Lunatic asylums Punjab 1895-1910 - 1895-1910
Year: 1895
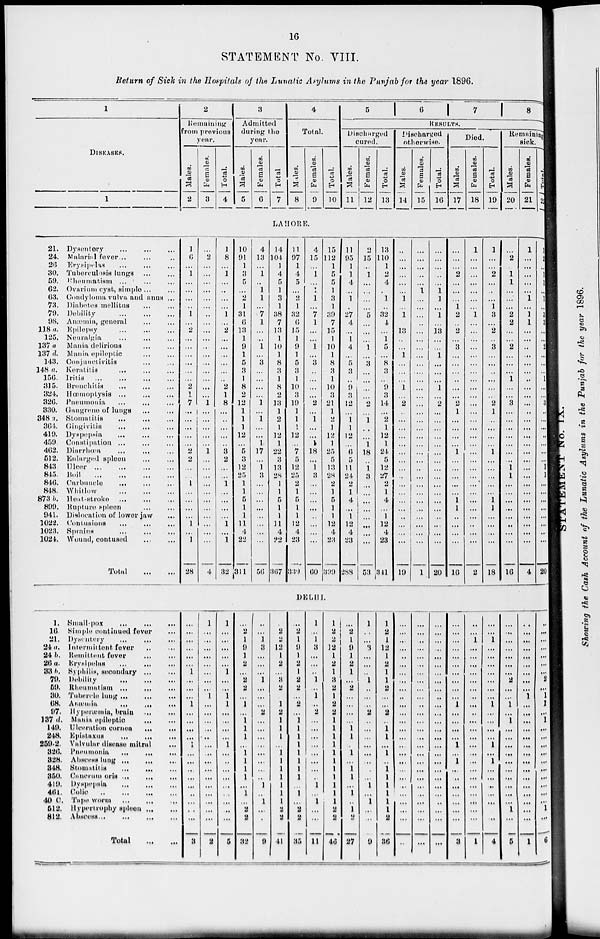
16
STATEMENT No. VIII.
Return of Sick in the Hospitals of the Lunatic Asylums in the Punjab for the year 1896.
1
DlSEASES.
1
21.
24.
26
30.
59.
62.
63.
73.
79.
98.
118 a.
125.
137 a
137 d.
143.
148 a.
156.
315.
324.
326.
330.
348 a.
364.
419.
459.
462.
512.
843.
845.
846.
848.
873 b.
899.
941.
1022.
1023.
1024.
Dysentery
...
...
...
Malarial fever ... ... ...
Erysipelas
...
...
...
Tuberculosis lungs ... ... ...
Rheumatism ... ... ...
Ovarium cyst, simple ... ... ...
Condyloma vulva and anus ...
Diabetes mellitus ... ...
Debility
...
...
...
Anœmia, general ... ... ...
Epilepsy
...
...
...
Neuralgia ... ... ...
Mania delirious ... ... ...
Mania epileptic ... ... ...
Conjunctivitis ... ... ...
Keratitis ... ... ...
Iritis
...
...
...
...
Bronchitis
...
...
...
Hœmoptysis
...
...
...
Pneumonia ... ... ...
Gangrene of lungs ... ... ...
Stomatitis ... ... ...
Gingivitis
...
...
...
Dyspepsia
...
...
...
Constipation
...
...
...
Diarrhœa
...
...
...
Enlarged spleen ... ... ...
Ulcer
...
...
...
Boil
...
...
...
Carbuncle ... ... ...
Whitlow
...
...
...
Heat-stroke
...
...
...
Rupture spleen ... ... ...
Dislocation of lower jaw ... ... ...
Contusions
...
...
...
Sprains
...
...
...
Wound, contused
...
...
Total
...
...
1.
16.
21.
24 a.
24 b.
26 a.
33 b.
79.
59.
30.
68.
97.
137 d.
149.
248.
259.2.
326.
328.
348.
350.
419.
461.
40 C.
512.
812.
Small-pox
...
...
...
Simple continued fever ...
Dysentery
...
...
...
Intermittent fever ... ... ...
Remittent fever ... ... ...
Erysipelas ... ... ...
Syphilis, secondary ... ... ...
Debility
...
...
...
Rheumatism
...
...
...
Tubercle lung
...
...
...
Anœmia
...
...
...
Hyperœmia, brain ... ... ...
Mania epileptic ... ... ...
Ulceration cornea ... ... ...
Epistaxus
...
...
...
Valvular disease mitral
...
Pneumonia
...
...
...
Abscess lung
...
...
...
Stomatitis
...
...
...
Canorum oris ... ... ...
Dyspepsia
...
...
...
Colic
...
...
...
Tape worm
...
...
...
Hypertrophy spleen ... ... ...
Abscess
...
...
...
...
Total ... ...
2
Remaining
from previous
year.
Males.
2
Females.
3
Total.
4
3
Admitted
during the
year.
Males.
5
Females.
6
Total
7
4
Total.
Males.
8
Females.
9
Total.
10
5
6
7
8
RESULTS.
Discharged
cured.
Males.
11
Females.
12
Total.
13
Discharged
otherwise.
Males.
14
Females.
15
Total.
16
Died.
Males.
17
Females.
18
Total.
19
Remaining
sick.
Males.
20
Females.
21
Total.
22
LAHORE.
1
6
...
1
...
...
...
...
1
...
2
...
...
...
...
...
...
2
1
7
...
...
...
...
...
2
2
...
...
1
...
...
...
...
1
...
1
28
...
2
...
...
...
...
...
...
...
...
...
...
...
...
...
...
...
...
...
1
...
...
...
...
...
1
...
...
...
...
...
...
...
...
...
...
...
4
1
8
...
1
...
...
...
...
1
...
2
...
...
...
...
...
...
2
1
8
... ...
...
...
...
3
2
...
...
1
...
...
...
...
1
...
1
32
10
91
1
3
5
...
2
1
31
6
13
1
9
1
5
3
1
8
2
12
1
1
1
12
...
5
3
12
25
1
1
5
1
1
11
4
22
311
4
13
...
1
...
1
1
...
7
1
...
...
1
...
3
...
...
...
...
1
...
1
...
...
1
17
...
1
3
...
...
...
...
...
...
...
...
56
14
104
1
4
5
1
3
1
38
7
13
1
10
1
8
3
1
8
2
13
1
2
1
12
1
22
3
13
28
1
1
5
1
1
11
4
22
367
11
97
1
4
5
...
2
1
32
6
15
1
9
1
5
3
1
10
3
19
1
1
1
12
...
7
5
12
25
2
1
5
1
1
12
4
23
339
4
15
...
1
...
1
1
...
7
1
...
...
1
...
3
...
...
...
...
2
...
1
...
...
1
18
...
1
3
...
...
...
...
...
...
...
...
60
15
112
1
5
5
1
3
1
39
7
15
1
10
1
8
3
1
10
3
21
1
2
1
12
1
25
5
13
28
2
1
5
1
1
12
4
23
399
11
95
1
1
4
...
1
...
27
4
...
1
4
...
5
3
...
9
3
12
...
1 1
12
...
6
5
11
24
2
1
4
...
1
12
4
23
288
2
15
...
1
...
...
...
...
5
...
...
...
1
...
3
...
...
...
...
2
...
1
...
...
1
18
...
1
3
...
...
...
...
...
...
...
...
53
13
110
1
2
4
...
1
..
32
4
...
1
5
...
8
3
...
9
3
14
...
2
1
12
1
24
5
12
27
2
1
4
...
1
12
4
23
341
...
...
...
...
...
...
1
...
1
13
...
...
1
...
...
...
1
...
2
...
...
...
...
...
...
...
...
...
...
...
...
...
...
...
...
...
19
...
...
...
...
...
1
...
...
...
...
...
...
...
...
...
...
...
...
...
...
...
...
...
...
...
...
...
...
...
...
...
...
...
...
...
...
...
1
...
...
...
..
...
1 1
...
1
...
13
...
...
1
...
...
...
1
...
2
...
...
...
...
...
...
...
...
...
...
...
...
...
...
...
...
...
20
...
...
...
2
...
...
...
1
2
...
2
...
3
...
...
...
...
...
...
2
1
...
...
...
...
1
...
...
...
...
...
1
1
...
...
...
...
16
1
...
...
...
...
...
...
...
1
...
...
...
...
...
...
...
...
...
...
...
...
...
...
...
...
...
...
...
...
...
...
...
...
...
..
...
...
2
1
...
...
2
...
...
...
1
3
...
2
...
3
...
...
..
...
...
...
2
1
...
...
...
...
1
...
...
...
...
...
1
1
...
...
...
...
18
...
2
...
1
1
...
...
...
2
2
...
...
2
...
...
...
1
...
...
3
...
...
...
...
...
...
...
1
1
...
...
...
...
...
...
...
...
16
1
...
...
...
...
...
1
...
1
1
...
..
...
..
...
...
...
...
...
...
...
...
...
...
...
...
...
...
..
...
...
...
...
...
...
...
...
4
1
2
...
1
1
...
1
...
3
3
...
...
2
...
...
...
1
...
...
3
...
...
...
...
...
...
...
1
1
...
...
...
...
...
...
...
...
20
DELHI.
...
...
...
...
...
...
1
...
...
...
1
...
...
...
...
1
...
...
...
...
...
..
...
...
...
3
1
...
...
...
...
...
...
...
...
1
...
...
...
...
...
...
...
...
...
...
...
...
...
...
...
2
1
...
...
...
...
...
1
...
...
1
1
...
...
...
...
1
...
...
...
...
...
...
...
...
...
5
...
2
1
9
1
2
...
2
2
...
1
...
1
1
1
...
1
1
1
1
...
1
...
2
2
32
...
...
1
3
...
...
...
1
...
...
...
2
...
...
...
...
...
...
...
...
1
...
1
...
...
9
...
2
2
12
1
2
...
3
2
...
1
2
1
1
1
...
1
1
1
1
1
1
1
2
2
41
...
2
1
9
1
2
1
2
2
...
2
...
1
1
1
1
1
1
1
1
...
1
...
2
2
35
1
...
1
3
...
...
...
1
...
1
...
2
...
...
...
...
...
...
...
...
1
...
1
...
...
11
1
2
2
12
1
2
1
3
2
1
2
2
1
1
1
1
1
1
1
1
1
1
1
2
2
46
...
2
1
9
1
2
1
...
2
...
...
...
...
1
1
...
1
...
1
1
...
1
...
1
2
27
1
..
...
3
...
...
...
1
...
...
...
2
...
...
...
...
...
...
...
...
1
...
1
...
...
9
1
2
1
12
1
2
1
1
2
...
...
2
...
1
1
...
1
...
1
1
1
1
1
1
2
36
...
...
...
...
..
...
...
...
...
...
...
...
...
...
...
...
...
...
...
...
...
...
...
...
...
...
...
...
...
...
...
...
...
...
...
...
...
...
...
...
...
...
...
...
...
...
...
...
...
...
...
...
...
...
...
...
...
...
...
...
...
...
...
...
...
...
...
...
...
...
...
...
...
...
...
...
...
...
...
...
...
...
...
...
...
...
...
...
1
...
...
...
...
1
...
1
...
...
...
...
...
...
...
3
...
...
1
...
...
...
...
...
...
...
...
...
...
...
...
...
...
...
...
...
...
...
...
...
...
1
...
...
1
...
...
...
...
...
...
...
1
...
...
...
...
1
...
1
...
...
...
...
...
...
...
4
...
...
...
...
...
...
...
2
...
...
1
...
1
...
...
...
...
...
...
...
...
...
...
1
...
5
...
...
...
...
...
...
...
...
...
1
...
...
...
...
...
...
...
...
...
...
...
...
...
...
...
1
...
...
...
...
...
...
...
2
...
1
1
...
1
...
...
...
...
...
...
...
...
...
...
1
...
6